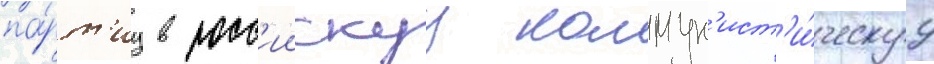
па́рт'иу в росс'иискуу коммун'ист'и́ческуу